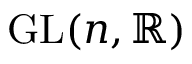
\operatorname { G L } ( n , \mathbb { R } )